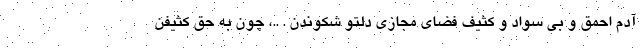
آدم احمق و بی سواد و کثیف فضای مجازی دلتو شکوندن . ..، چون به حق کثیفن